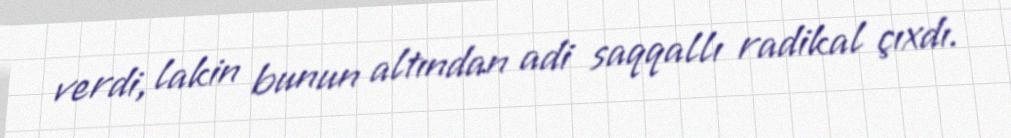
verdi, lakin bunun altından adi saqqallı radikal çıxdı.